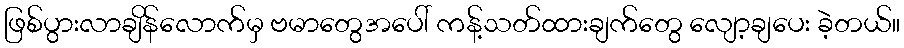
ဖြစ်ပွားလာချိန်လောက်မှ ဗမာတွေအပေါ် ကန့်သတ်ထားချက်တွေ လျော့ချပေး ခဲ့တယ်။